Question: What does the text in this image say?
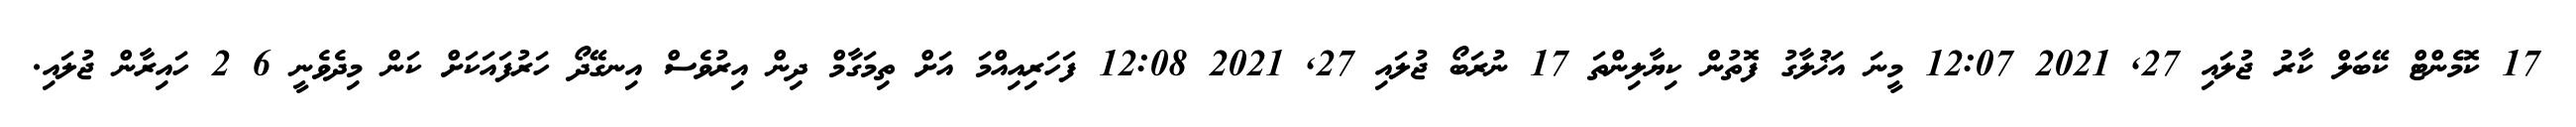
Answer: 17 ކޮމެންޓް ކޭބަލް ކާރު ޖުލައި 27, 2021 12:07 މީނަ އަޚުލާގު ފޮތުން ކިޔާލިންތަ 17 ނުރަބޯ ޖުލައި 27, 2021 12:08 ފަހަރިއިއްމަ އަށް ތިމަގާމް ދިން އިރުވެސް އިނގޭދޯ ހަރުފައަކަށް ކަން މިދެވެނީ 6 2 ހައިރާން ޖުލައި.